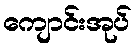
ကျောင်းအုပ်